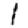
Digit: 1